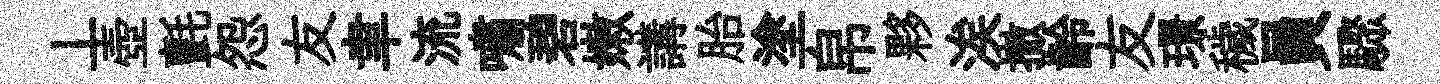
丄壺氈怨友聿流嘯碧嫩講胎塗帛夥涘撤齡友璟穢員驟